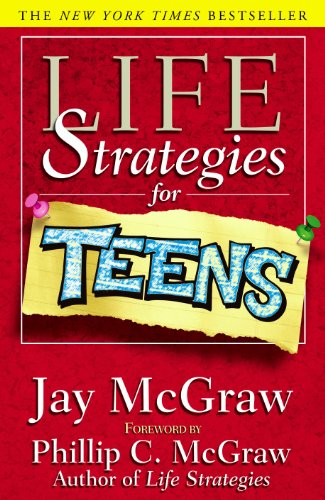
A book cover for Life Strategies For Teens (Life Strategies Series); Jay McGraw; Parenting & Relationships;